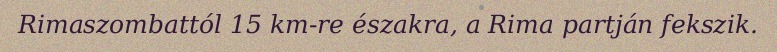
Rimaszombattól 15 km-re északra, a Rima partján fekszik.